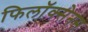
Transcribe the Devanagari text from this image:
फिलॉक्सेनस